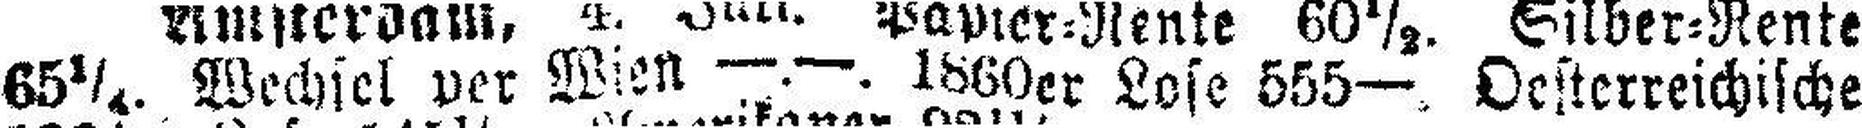
65¼. Wechsel per Wien —.—. 1860er Lose 555—. Oesterreichische